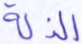
الذلة